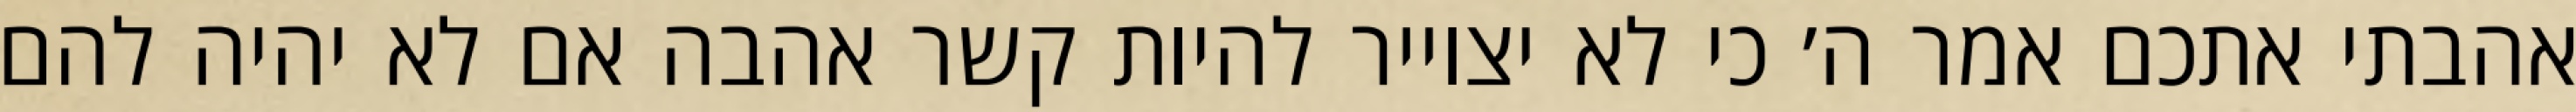
אהבתי אתכם אמר ה׳ כי לא יצוייר להיות קשר אהבה אם לא יהיה להם